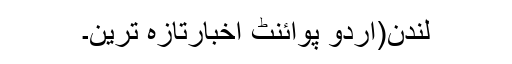
لندن(اُردو پوائنٹ اخبارتازہ ترین۔